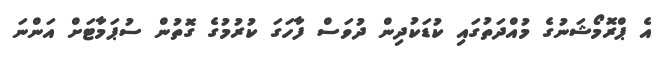
އެ ޕްރޮމޯޝަނުގެ މުއްދަތުގައި ކުޑަކުދިން ދުވަސް ފާހަގަ ކުރުމުގެ ގޮތުން ސުޕަމާޓަށް އަންނަ